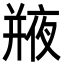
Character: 𢆣